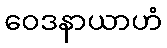
ဝေဒနာယာဟံ